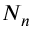
N _ { n }